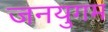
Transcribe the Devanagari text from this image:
जनयुगम